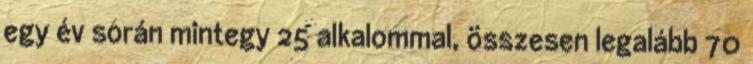
egy év során mintegy 25 alkalommal, összesen legalább 70